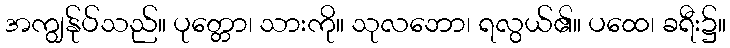
အကျွန်ုပ်သည်။ ပုတ္တော၊ သားကို။ သုလဘော၊ ရလွယ်၏။ ပထေ၊ ခရီး၌။